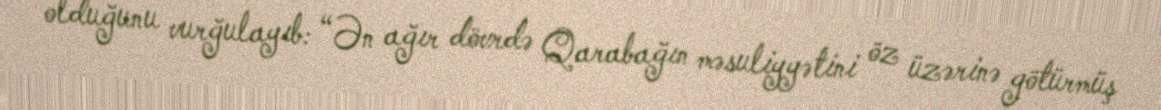
olduğunu vurğulayıb: “Ən ağır dövrdə Qarabağın məsuliyyətini öz üzərinə götürmüş